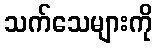
သက်သေများကို